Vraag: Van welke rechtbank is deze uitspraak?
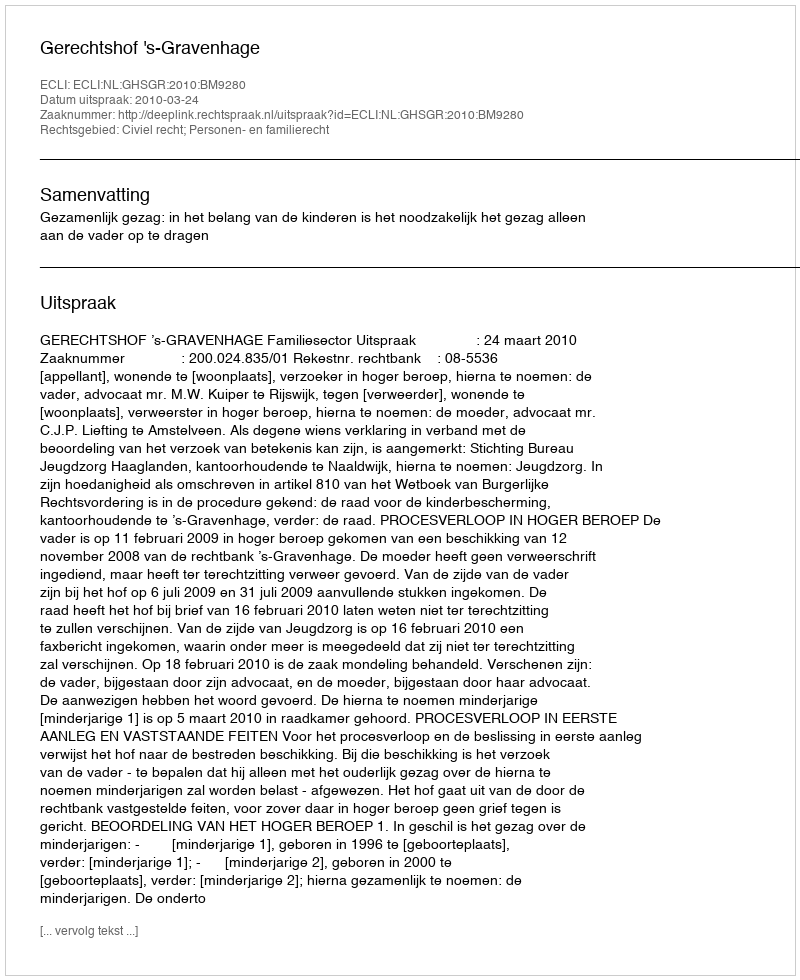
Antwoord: Gerechtshof 's-Gravenhage